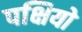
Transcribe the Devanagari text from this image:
पक्षियो